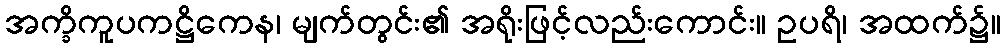
အက္ခိကူပကဋ္ဌိကေန၊ မျက်တွင်း၏ အရိုးဖြင့်လည်းကောင်း။ ဥပရိ၊ အထက်၌။